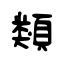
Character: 類